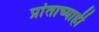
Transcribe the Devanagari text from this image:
प्रांताच्याही